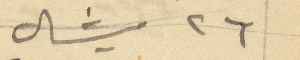
26 ميشال